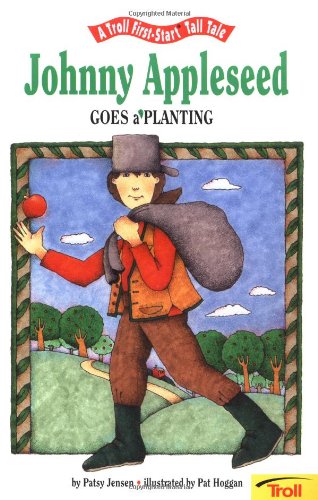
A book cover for Johnny Appleseed Goes A' Planting - Pbk (First-Start Tall Tales); Jensen; Children's Books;